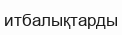
итбалықтарды